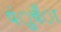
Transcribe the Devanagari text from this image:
पंुचँा